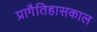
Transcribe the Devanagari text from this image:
प्रागैतिहासकाल